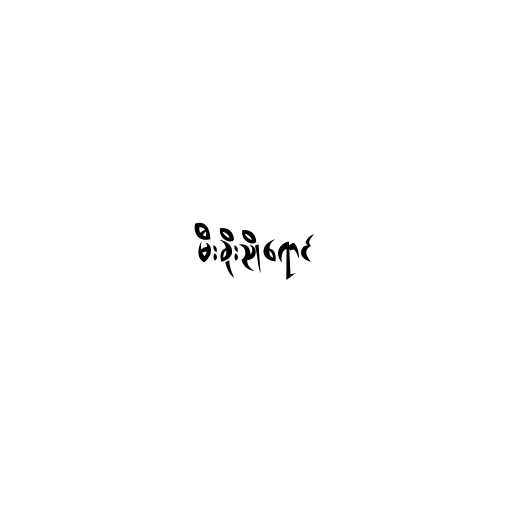
မီးခိုးညိုရောင်